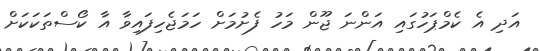
އަދި އެ ކެމްޕަހުގައި އަންނަ ޖޫން މަހު ފެށުމަށް ހަމަޖެހިފައިވާ އާ ކޯސްތަކަކަށް